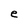
Character: e